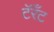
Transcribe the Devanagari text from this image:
टॅरँट